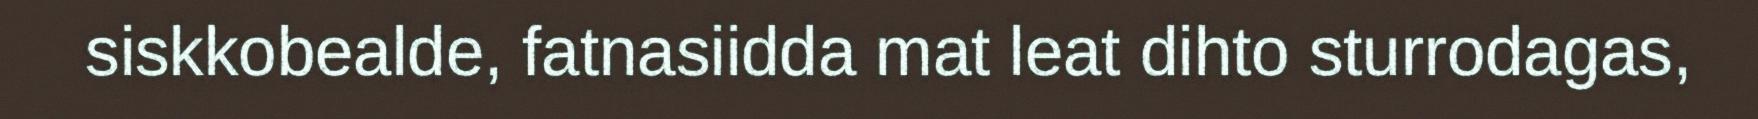
siskkobealde, fatnasiidda mat leat dihto sturrodagas,